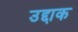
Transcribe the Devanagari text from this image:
उद्दाक